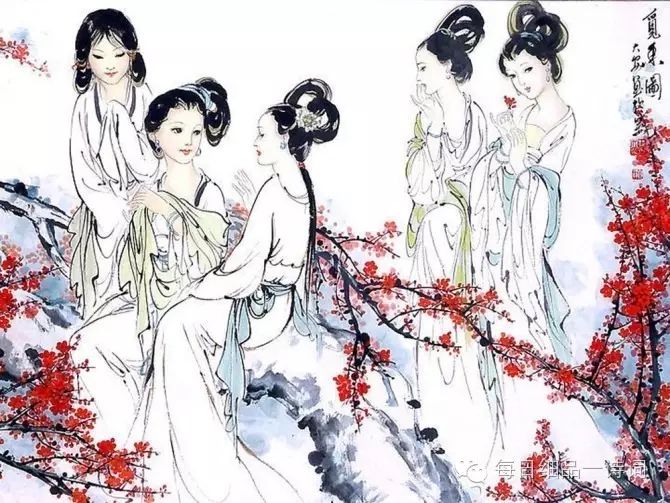
东风吹水日衔山，春来长是闲。